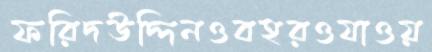
ফরিদউদ্দিনওবহরওযাওয়